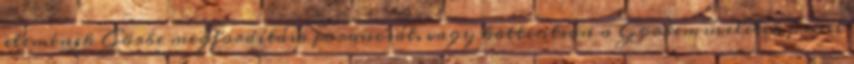
elemének Görbe megfordítása parancsát, vagy kattintson a Görbeműveletek panel